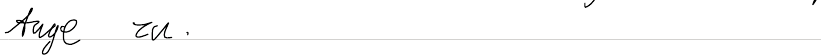
Auge zu.